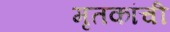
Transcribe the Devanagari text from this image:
मृतकांची